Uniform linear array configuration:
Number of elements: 24
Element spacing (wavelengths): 0.5
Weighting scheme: uniform
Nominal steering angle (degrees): -45
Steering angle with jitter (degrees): -43.031
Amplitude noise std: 0.05
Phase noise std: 0.05

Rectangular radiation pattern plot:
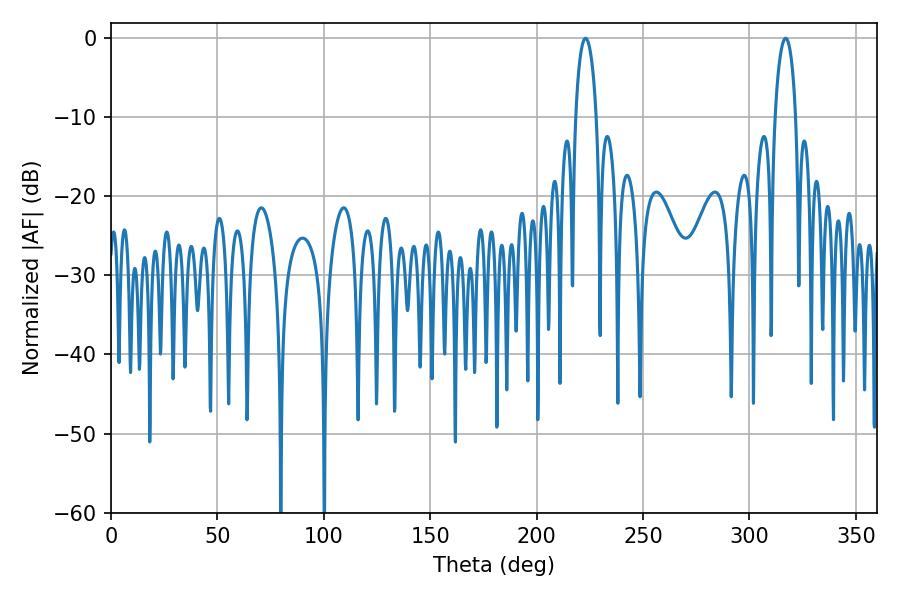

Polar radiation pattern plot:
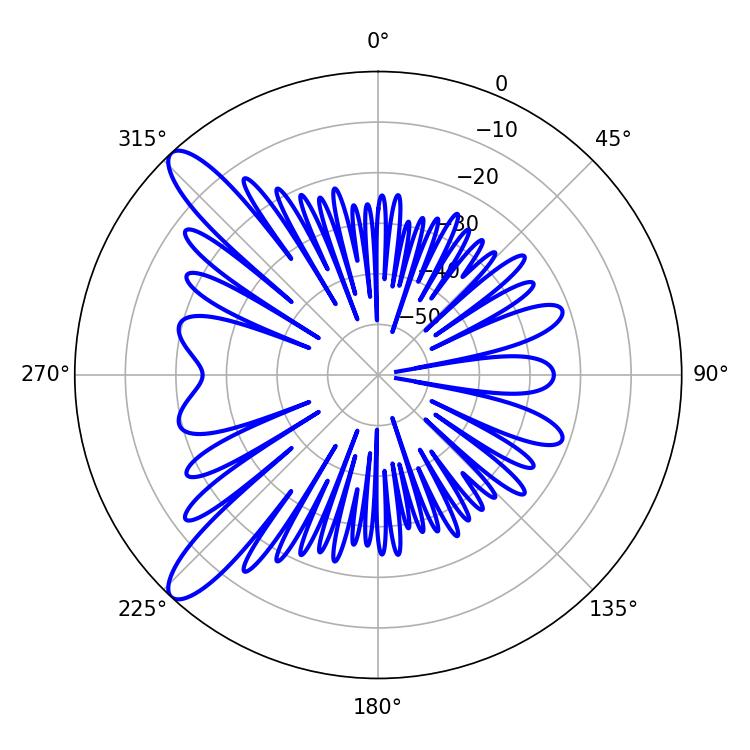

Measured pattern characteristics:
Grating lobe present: FALSE
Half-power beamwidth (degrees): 5.58
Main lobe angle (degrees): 223.02